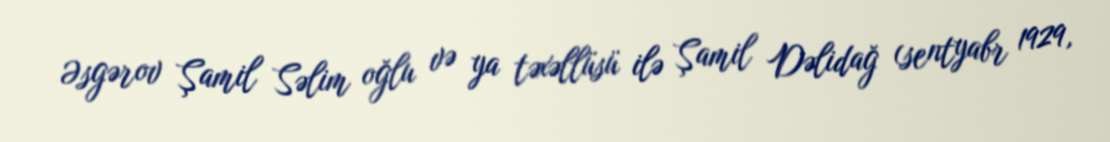
Əsgərov Şamil Səlim oğlu və ya təxəllüsü ilə Şamil Dəlidağ (sentyabr 1929,